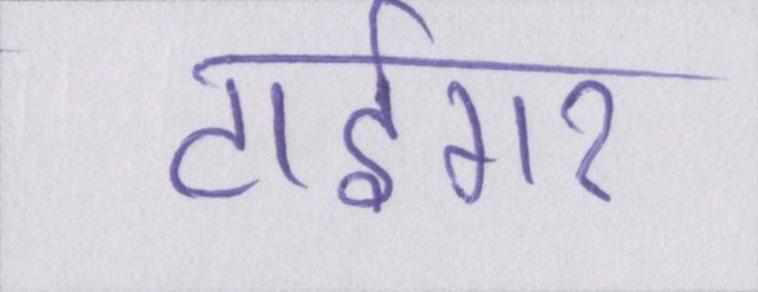
टाईगर